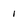
Character: I